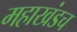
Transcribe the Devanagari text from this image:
महाखंडच